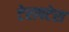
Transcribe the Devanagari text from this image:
टेरापटेरा